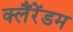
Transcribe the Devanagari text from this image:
क्लैंरेंडम